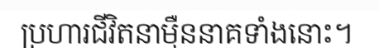
ប្រហារជីវិតនាម៉ឺននាគទាំងនោះ។